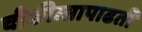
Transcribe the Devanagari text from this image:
चीकीत्सापाढती